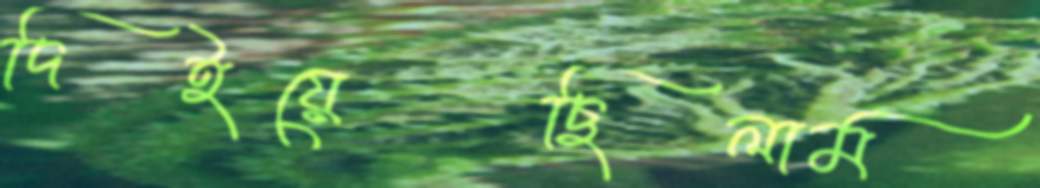
দিইয়েছিলাম